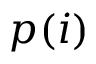
p ( i )